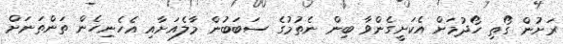
ރަށުން ގޯތި ހޯދުމަށް އެކަށީގެންވާ ބިން ނެތުމުގެ ސަބަބުން މާލެއަށާއި އެހެނިހެން ތަންތަނަށް